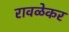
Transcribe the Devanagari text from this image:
रावळेकर